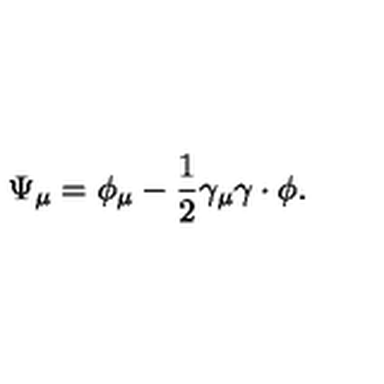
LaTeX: \Psi _ { \mu } = \phi _ { \mu } - \frac { 1 } { 2 } \gamma _ { \mu } \gamma \cdot \phi .